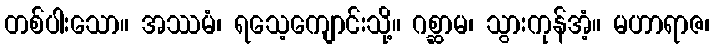
တစ်ပါးသော။ အဿမံ၊ ရသေ့ကျောင်းသို့။ ဂစ္ဆာမ၊ သွားကုန်အံ့။ မဟာရာဇ၊